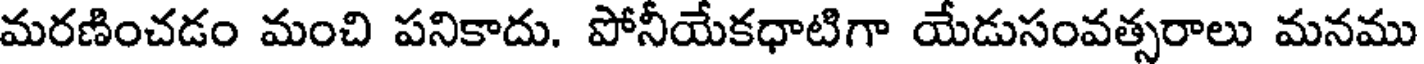
మరణించడం మంచి పనికాదు. పోనీయేకధాటిగా యేడుసంవత్సరాలు మనము